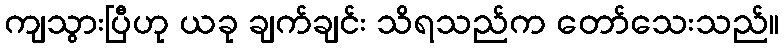
ကျသွားပြီဟု ယခု ချက်ချင်း သိရသည်က တော်သေးသည်။